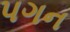
પગન